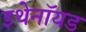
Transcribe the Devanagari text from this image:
इथेनॉयड